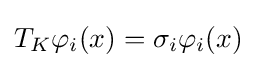
T_{K}\varphi _{i}(x)=\sigma _{i}\varphi _{i}(x)